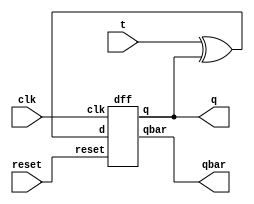
`timescale 1ns/1ps

module tff(input t, clk, reset, output q, qbar);

    wire tmp;
    wire op,op1;
    assign tmp = t^q;
    dff dut (.d(tmp), .clk(clk), .reset(reset), .q(op), .qbar(op1));
    assign q = op;
    assign qbar = op1;
endmodule

module dff(input d, clk, reset, output reg q, qbar);
    always@(posedge clk)
    begin
        if(reset) begin
            q <= 0;
            qbar <= 1;
        end
        else
            begin
                q <= d;
                qbar <= ~d;
            end
    end
endmodule